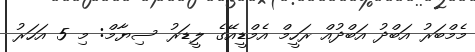
މެމްބަރު އަބްދު އަބްދުއް ރަހީމް އެމްޑީއޭގެ ލީޑަރު ސިޔާމް: މި 5 އަހަރު